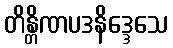
တိန္တိဏပဒနိဒ္ဒေသေ